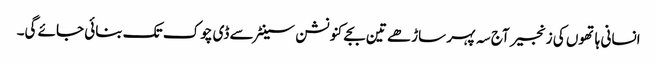
انسانی ہاتھوں کی زنجیر آج سہ پہر ساڑھے تین بجے کنونشن سینٹر سے ڈی چوک تک بنائی جائے گی۔